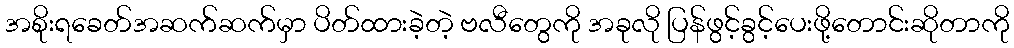
အစိုးရခေတ်အဆက်ဆက်မှာ ပိတ်ထားခဲ့တဲ့ ဗလီတွေကို အခုလို ပြန်ဖွင့်ခွင့်ပေးဖို့တောင်းဆိုတာကို